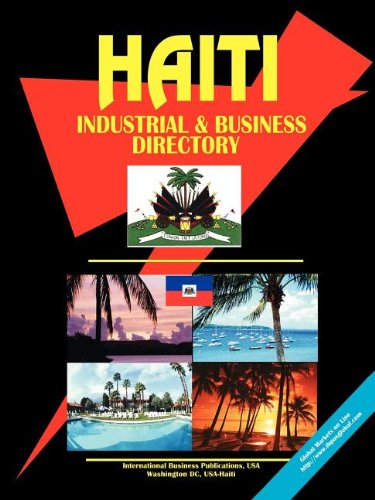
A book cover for Haiti Industrial and Business Directory; Ibp Usa; Travel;